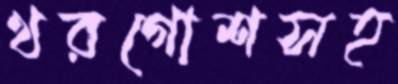
খরগোশসহ